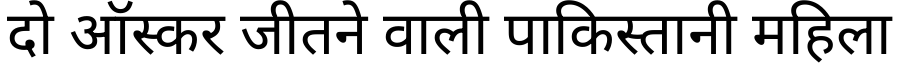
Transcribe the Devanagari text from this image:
दो ऑस्कर जीतने वाली पाकिस्तानी महिला